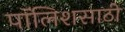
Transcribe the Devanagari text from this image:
पॉलिशसाठी